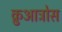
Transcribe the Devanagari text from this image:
क़ुआत्रोस